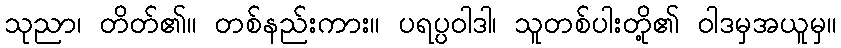
သုညာ၊ တိတ်၏။ တစ်နည်းကား။ ပရပ္ပဝါဒါ၊ သူတစ်ပါးတို့၏ ဝါဒမှအယူမှ။